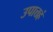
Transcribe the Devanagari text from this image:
उपात्तहं